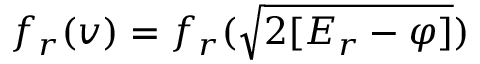
f _ { r } ( v ) = f _ { r } ( \sqrt { 2 [ { \cal E } _ { r } - \varphi ] } )